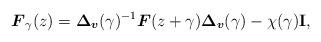
LaTeX: \begin{align*} \boldsymbol{F}_\gamma(z) = \boldsymbol{\Delta}_{\boldsymbol v}(\gamma)^{-1}\boldsymbol{F}(z+\gamma)\boldsymbol{\Delta}_{\boldsymbol v}(\gamma) - \chi(\gamma)\mathbf{I}, \end{align*}